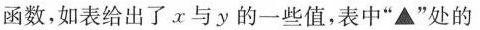
函数，如表给出了x与y的一些值，表中”▲”处的